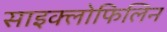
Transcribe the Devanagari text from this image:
साइक्लोफिलिन